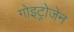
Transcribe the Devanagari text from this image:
गोइट्रोजेन